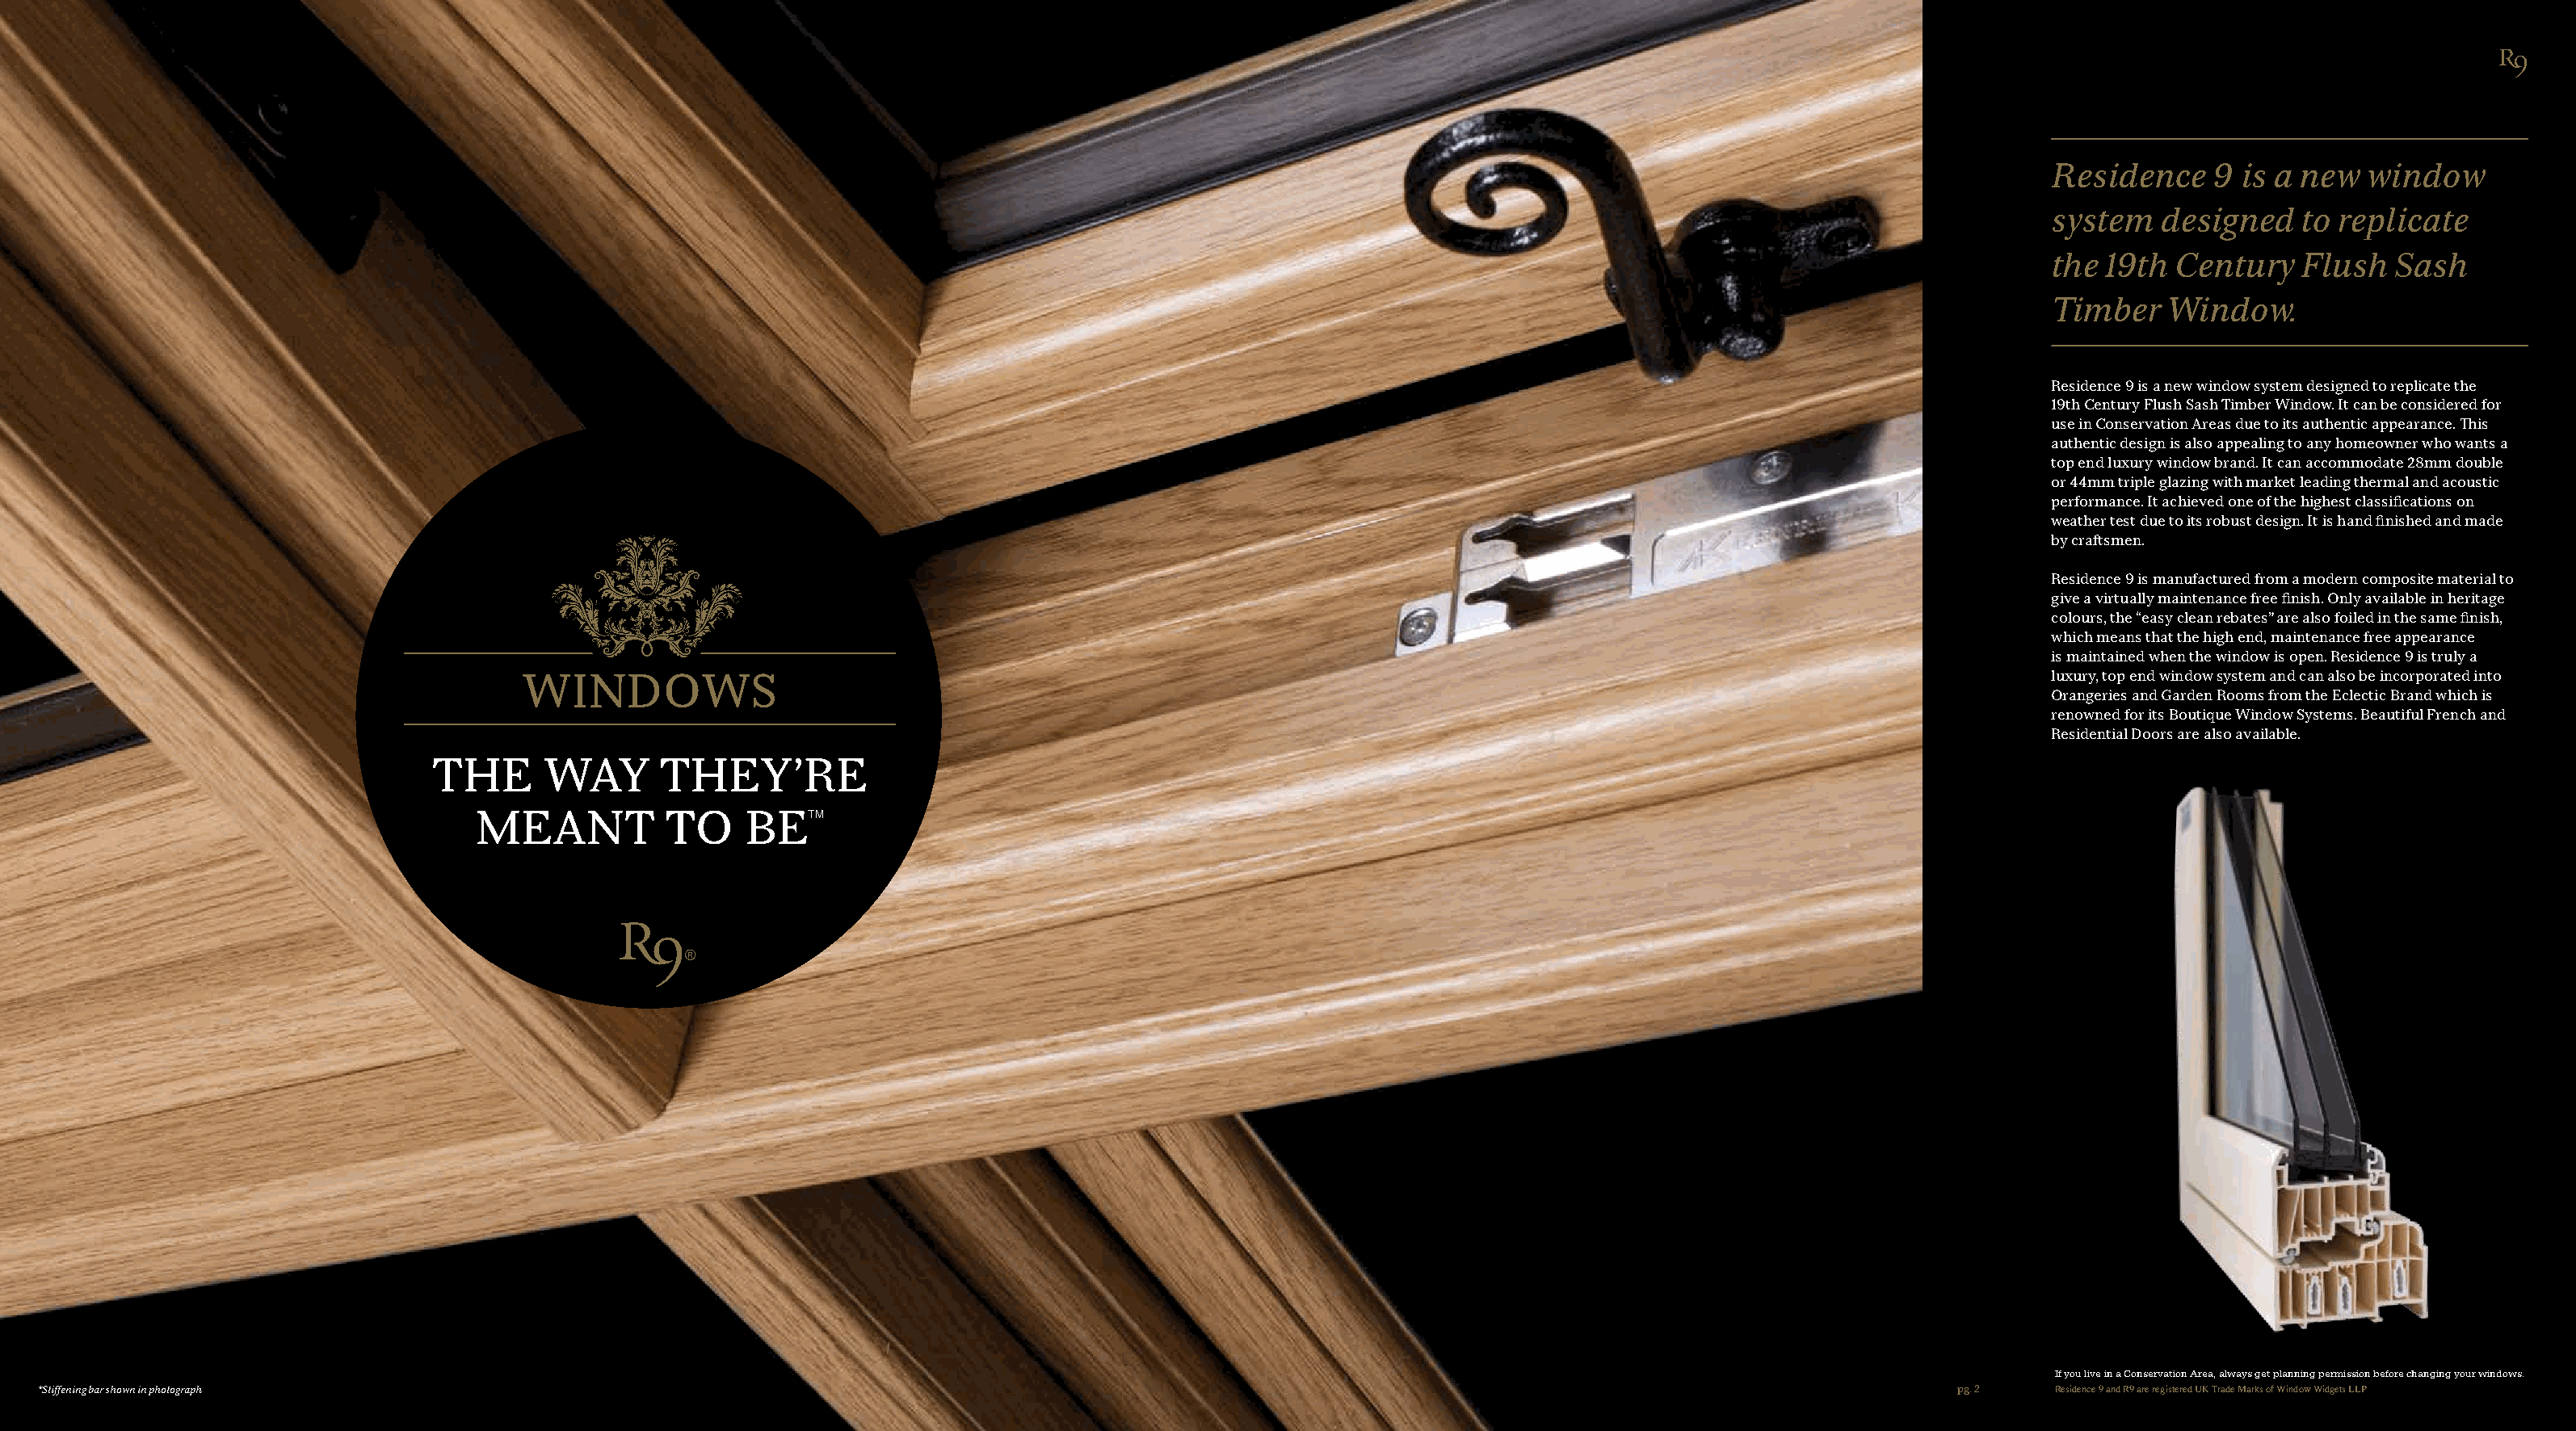
Residence    9  is a new  window
 system   designed    to replicate
 the  19th Century    Flush  Sash
 Timber    Window.
 Residence 9 is a new window system designed to replicate the
 19th Century Flush Sash Timber Window. It can be considered for
 use in Conservation Areas due to its authentic appearance. This
 authentic design is also appealing to any homeowner who wants a
 top end luxury window brand. It can accommodate 28mm double
 or 44mm triple glazing with market leading thermal and acoustic
 performance. It achieved one of the highest classifications on
 weather test due to its robust design. It is hand finished and made
 by craftsmen.
 Residence 9 is manufactured from a modern composite material to
 give a virtually maintenance free finish. Only available in heritage
 colours, the “easy clean rebates” are also foiled in the same finish,
 which means that the high end, maintenance free appearance
 is maintained when the window is open. Residence 9 is truly a
 WINDOWS                                                                                                                      luxury, top end window system and can also be incorporated into
 Orangeries and Garden Rooms from the Eclectic Brand which is
 renowned for its Boutique Window Systems. Beautiful French and
 Residential Doors are also available.
 THE       WAY      THEY’RE
 MEANT           TO    BETM
 If you live in a Conservation Area, always get planning permission before changing your windows.
 *Stiffening bar shown in photograph                                                                                                                          pg. 2   Residence 9 and R9 are registered UK Trade Marks of Window Widgets LLP